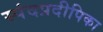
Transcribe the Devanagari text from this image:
स्पंदप्रदीपिका